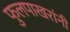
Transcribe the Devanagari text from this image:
फुलपाखरांनी